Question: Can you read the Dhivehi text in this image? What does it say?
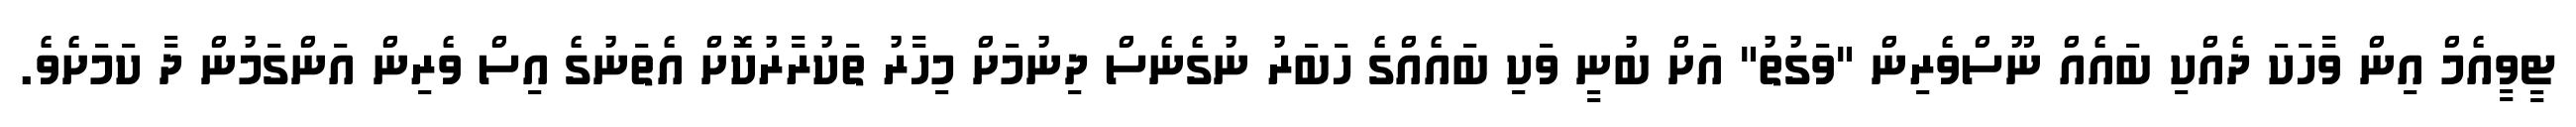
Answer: ޓީވީއެމް އިން ވާހަކަ ދެއްކި ބައެއް ނޫސްވެރިން "ވަގުތު" އަށް ބުނީ ވަކި ބައެއްގެ ހަބަރު ނުގެނެސް ދިނުމަށް މިހާރު ތަކުރާރުކޮށް އެތަނުގެ އިސް ވެރިން އަންގަމުން ދާ ކަމަށެވެ.